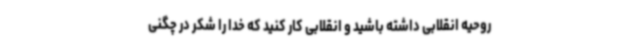
روحیه انقلابی داشته باشید و انقلابی کار کنید که خدا را شکر در چگنی